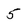
Character: 5